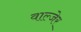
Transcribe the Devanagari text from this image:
वाल्जेर